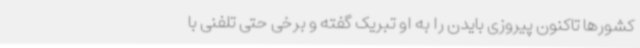
کشورها تاکنون پیروزی بایدن را به او تبریک گفته و برخی حتی تلفنی با